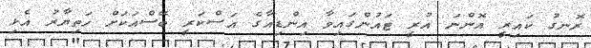
ރޮނގު ކައިރީ އޮންނަ އުރީ ޓައުންގައިވާ އިންޑިއާގެ އަސްކަރީ ބޭސްއަކަށް ހަތިޔާރު އެޅި